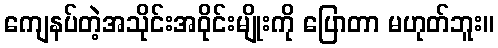
ကျေနပ်တဲ့အသိုင်းအဝိုင်းမျိုးကို ပြောတာ မဟုတ်ဘူး။